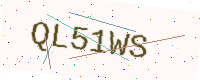
Text: QL51WS